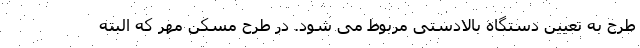
طرح به تعیین دستگاه بالادستی مربوط می شود. در طرح مسکن مهر که البته